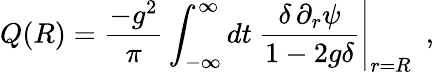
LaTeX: Q(R)=\frac{-g^{2}}{\pi}\int_{-\infty}^{\infty}dt~\frac{\delta\, \partial_{r}\psi}{1-2g\delta}\Biggr|_{r=R}~~,